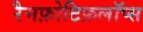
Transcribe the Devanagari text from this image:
रैमफ़ोटिफ़लॉप्स